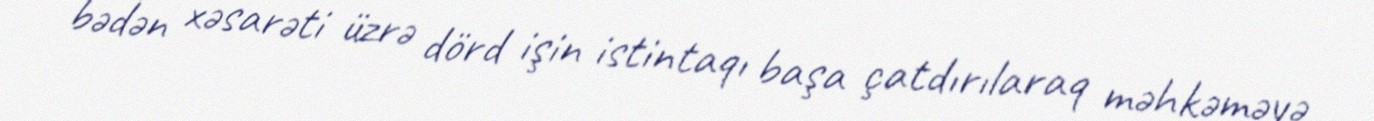
bədən xəsarəti üzrə dörd işin istintaqı başa çatdırılaraq məhkəməyə